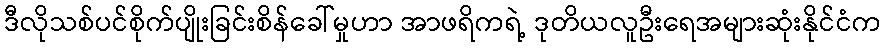
ဒီလိုသစ်ပင်စိုက်ပျိုးခြင်းစိန်ခေါ်မှုဟာ အာဖရိကရဲ့ ဒုတိယလူဦးရေအများဆုံးနိုင်ငံက